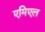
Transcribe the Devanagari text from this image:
एमिएल